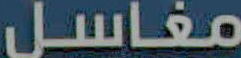
مغاسل